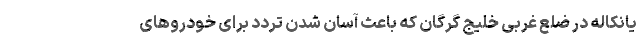
یانکاله در ضلع غربی خلیج گرگان که باعث آسان شدن تردد برای خودروهای